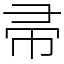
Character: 帚